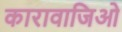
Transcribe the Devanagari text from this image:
कारावाजिओ